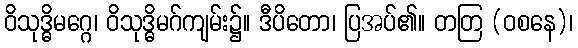
ဝိသုဒ္ဓိမဂ္ဂေ၊ ဝိသုဒ္ဓိမဂ်ကျမ်း၌။ ဒီပိတော၊ ပြအပ်၏။ တတြ (ဝစနေ)၊